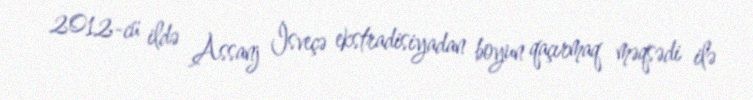
2012-cü ildə Assanj İsveçə ekstradisiyadan boyun qaçırmaq məqsədi ilə